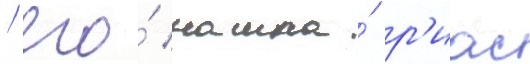
/ его́ нашла́ р'иас